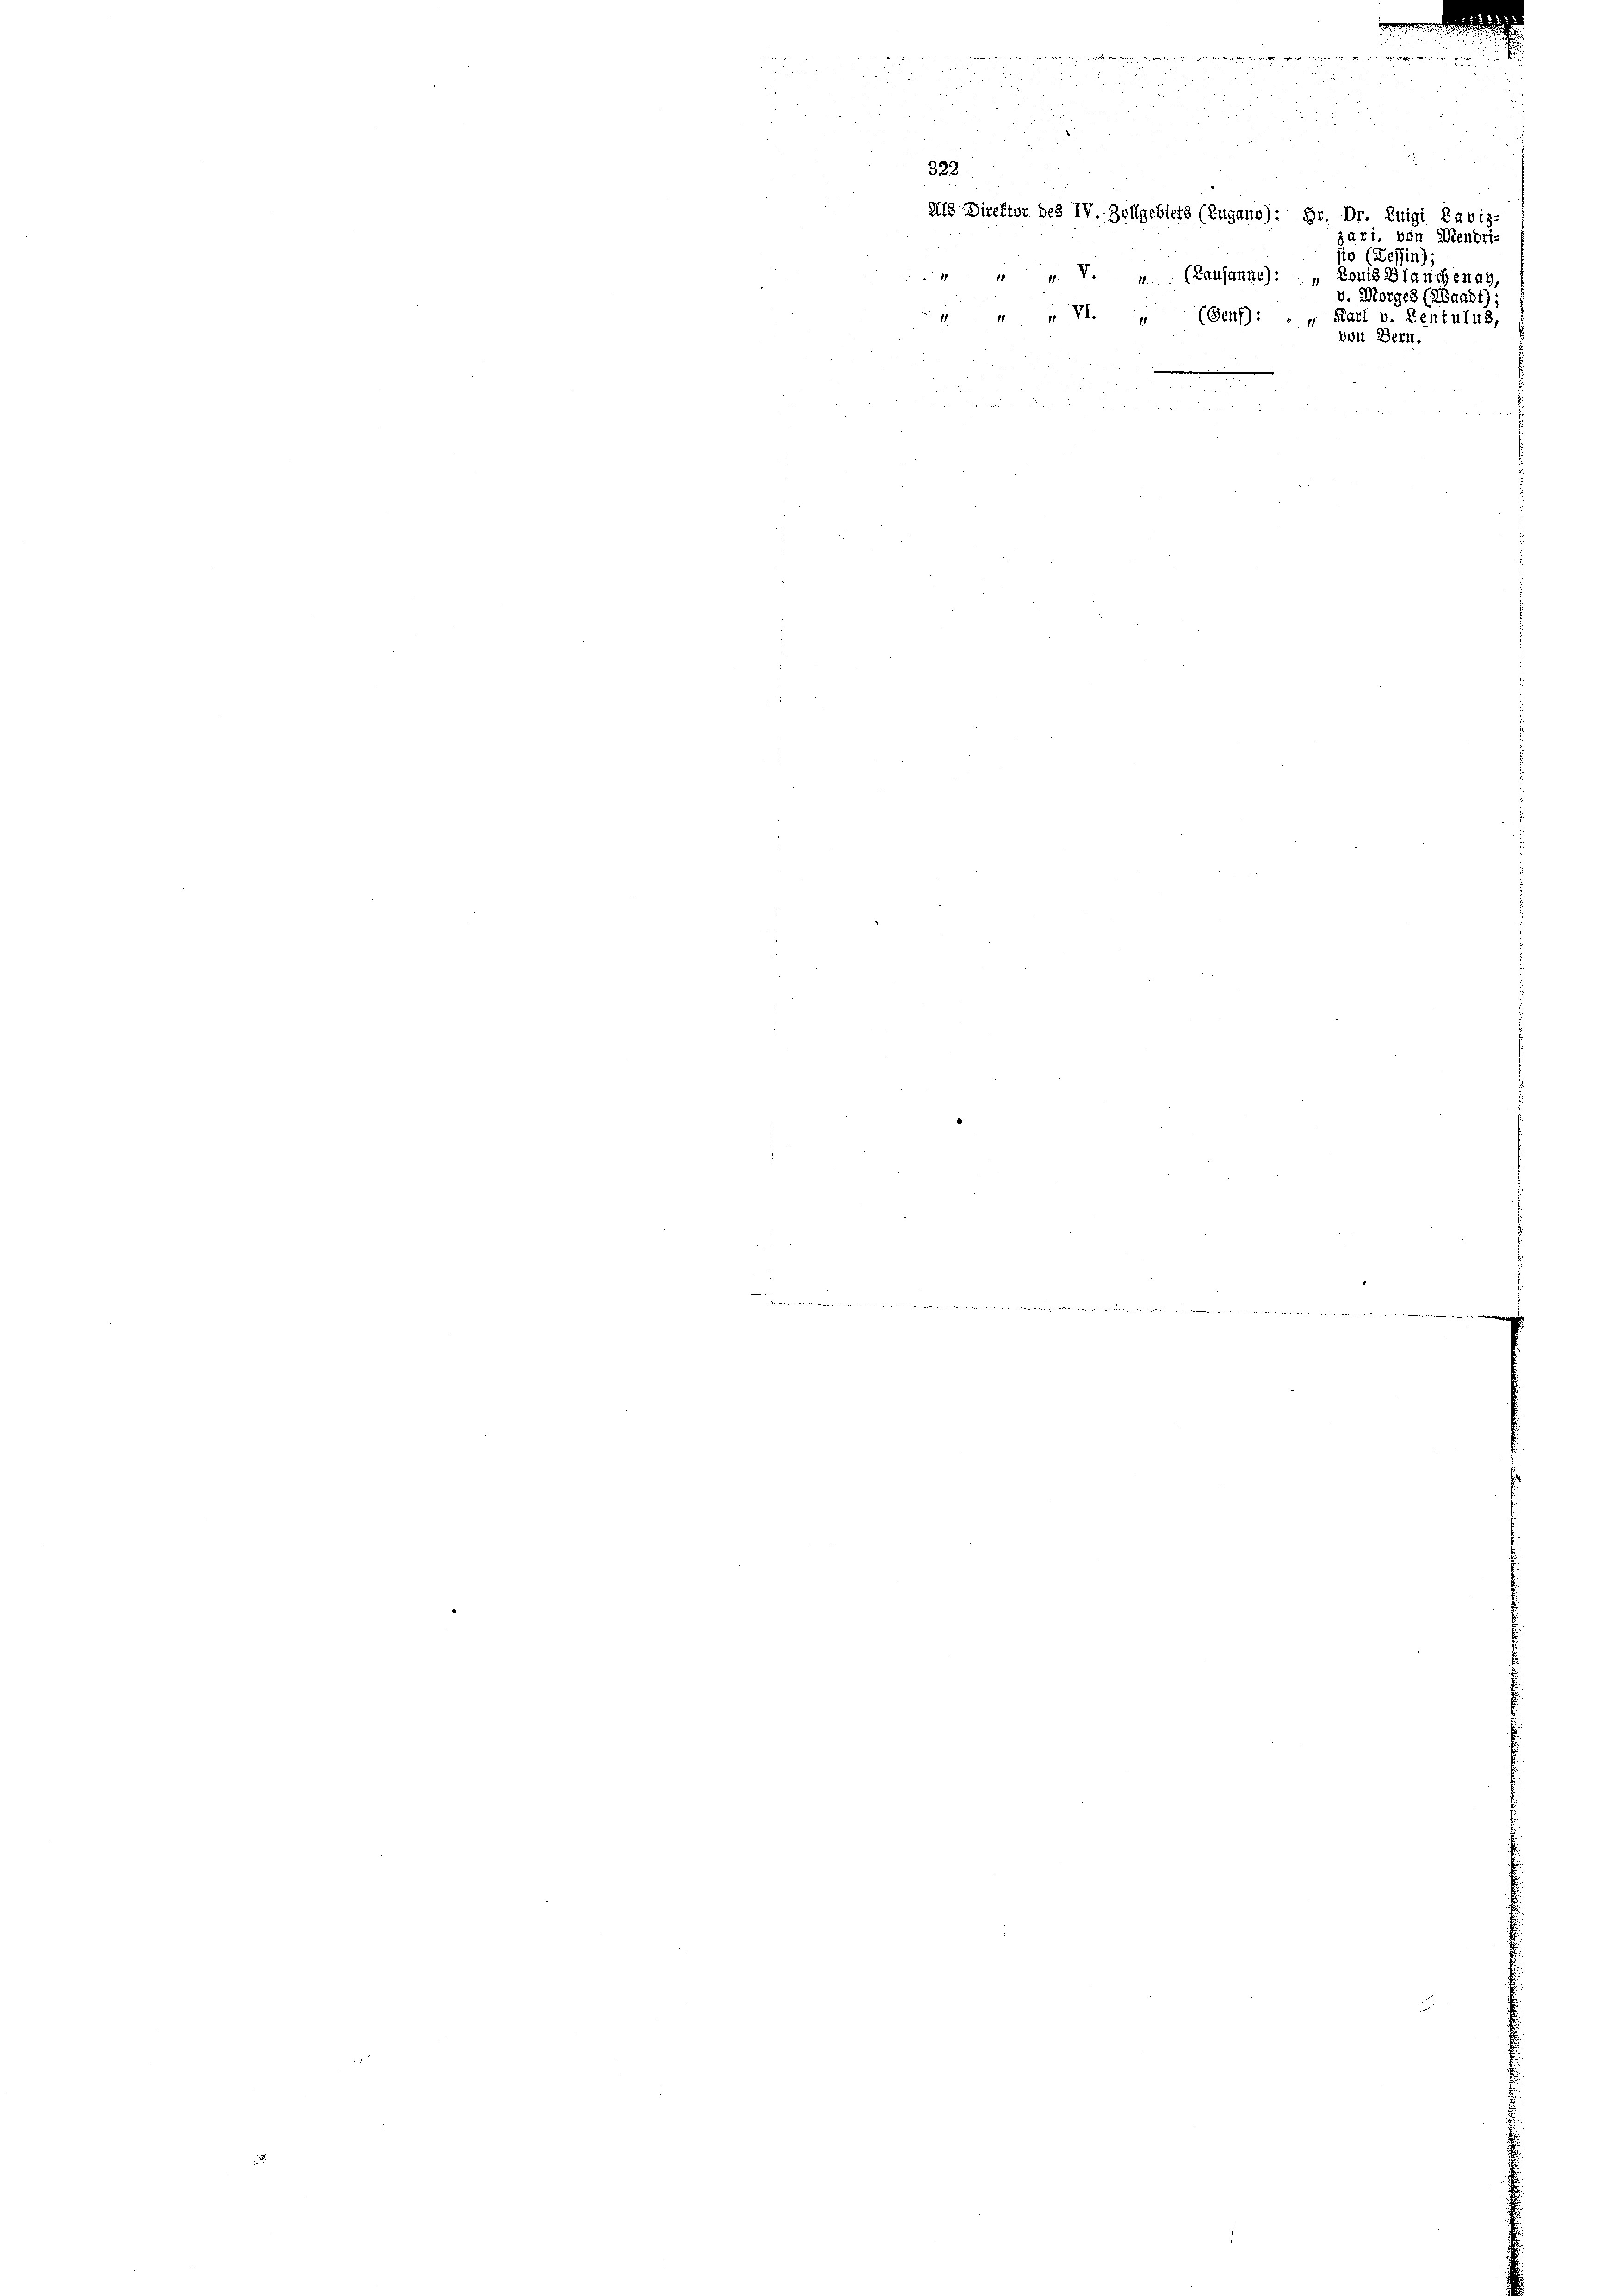
322
Als Direktor des IV. Zollgebiets (Zugano): Hr. Dr. Luigi Laviz-

zart, von Mendri-
sis (Tessin);
 " " V. „  (Lausanne): „Louis Blanchenay,
v. Morges (Waadt):
 " " VI. „ (Genf): . " Karl v. Zentulus,
von Bern.